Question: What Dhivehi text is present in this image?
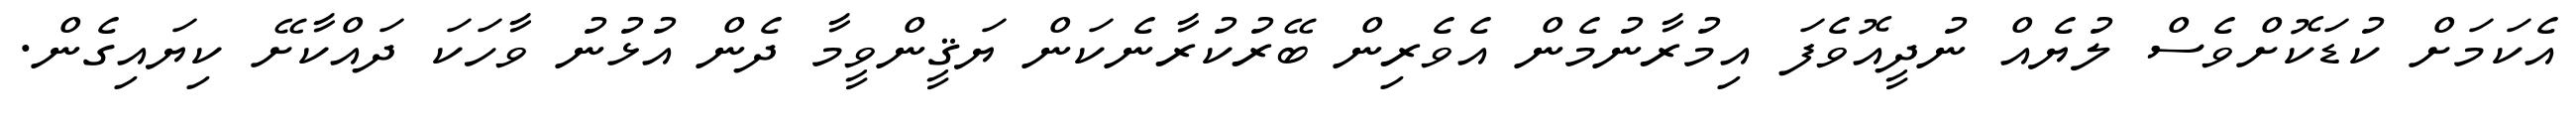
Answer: އެކަމަށް ކުޑަކޮށްވެސް ލުޔެއް ނުދީއޮވެފަ އިމުރާނުމެން އެވެރިން ބޭރުކުރާނެކަން ޔަޤީންވީމާ ދެން އުޅުނު ވާހަކަ ދައްކާށޭ ކިޔައިގެން.